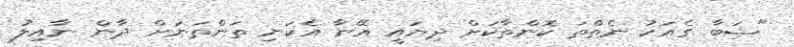
"ޝަބާ ގެއަކު ނެތްތަ ކޮންތާކަށް ދިޔައީ އޭނާ އެކަނި ތަންތަނަށް ދާން ނާއިލު